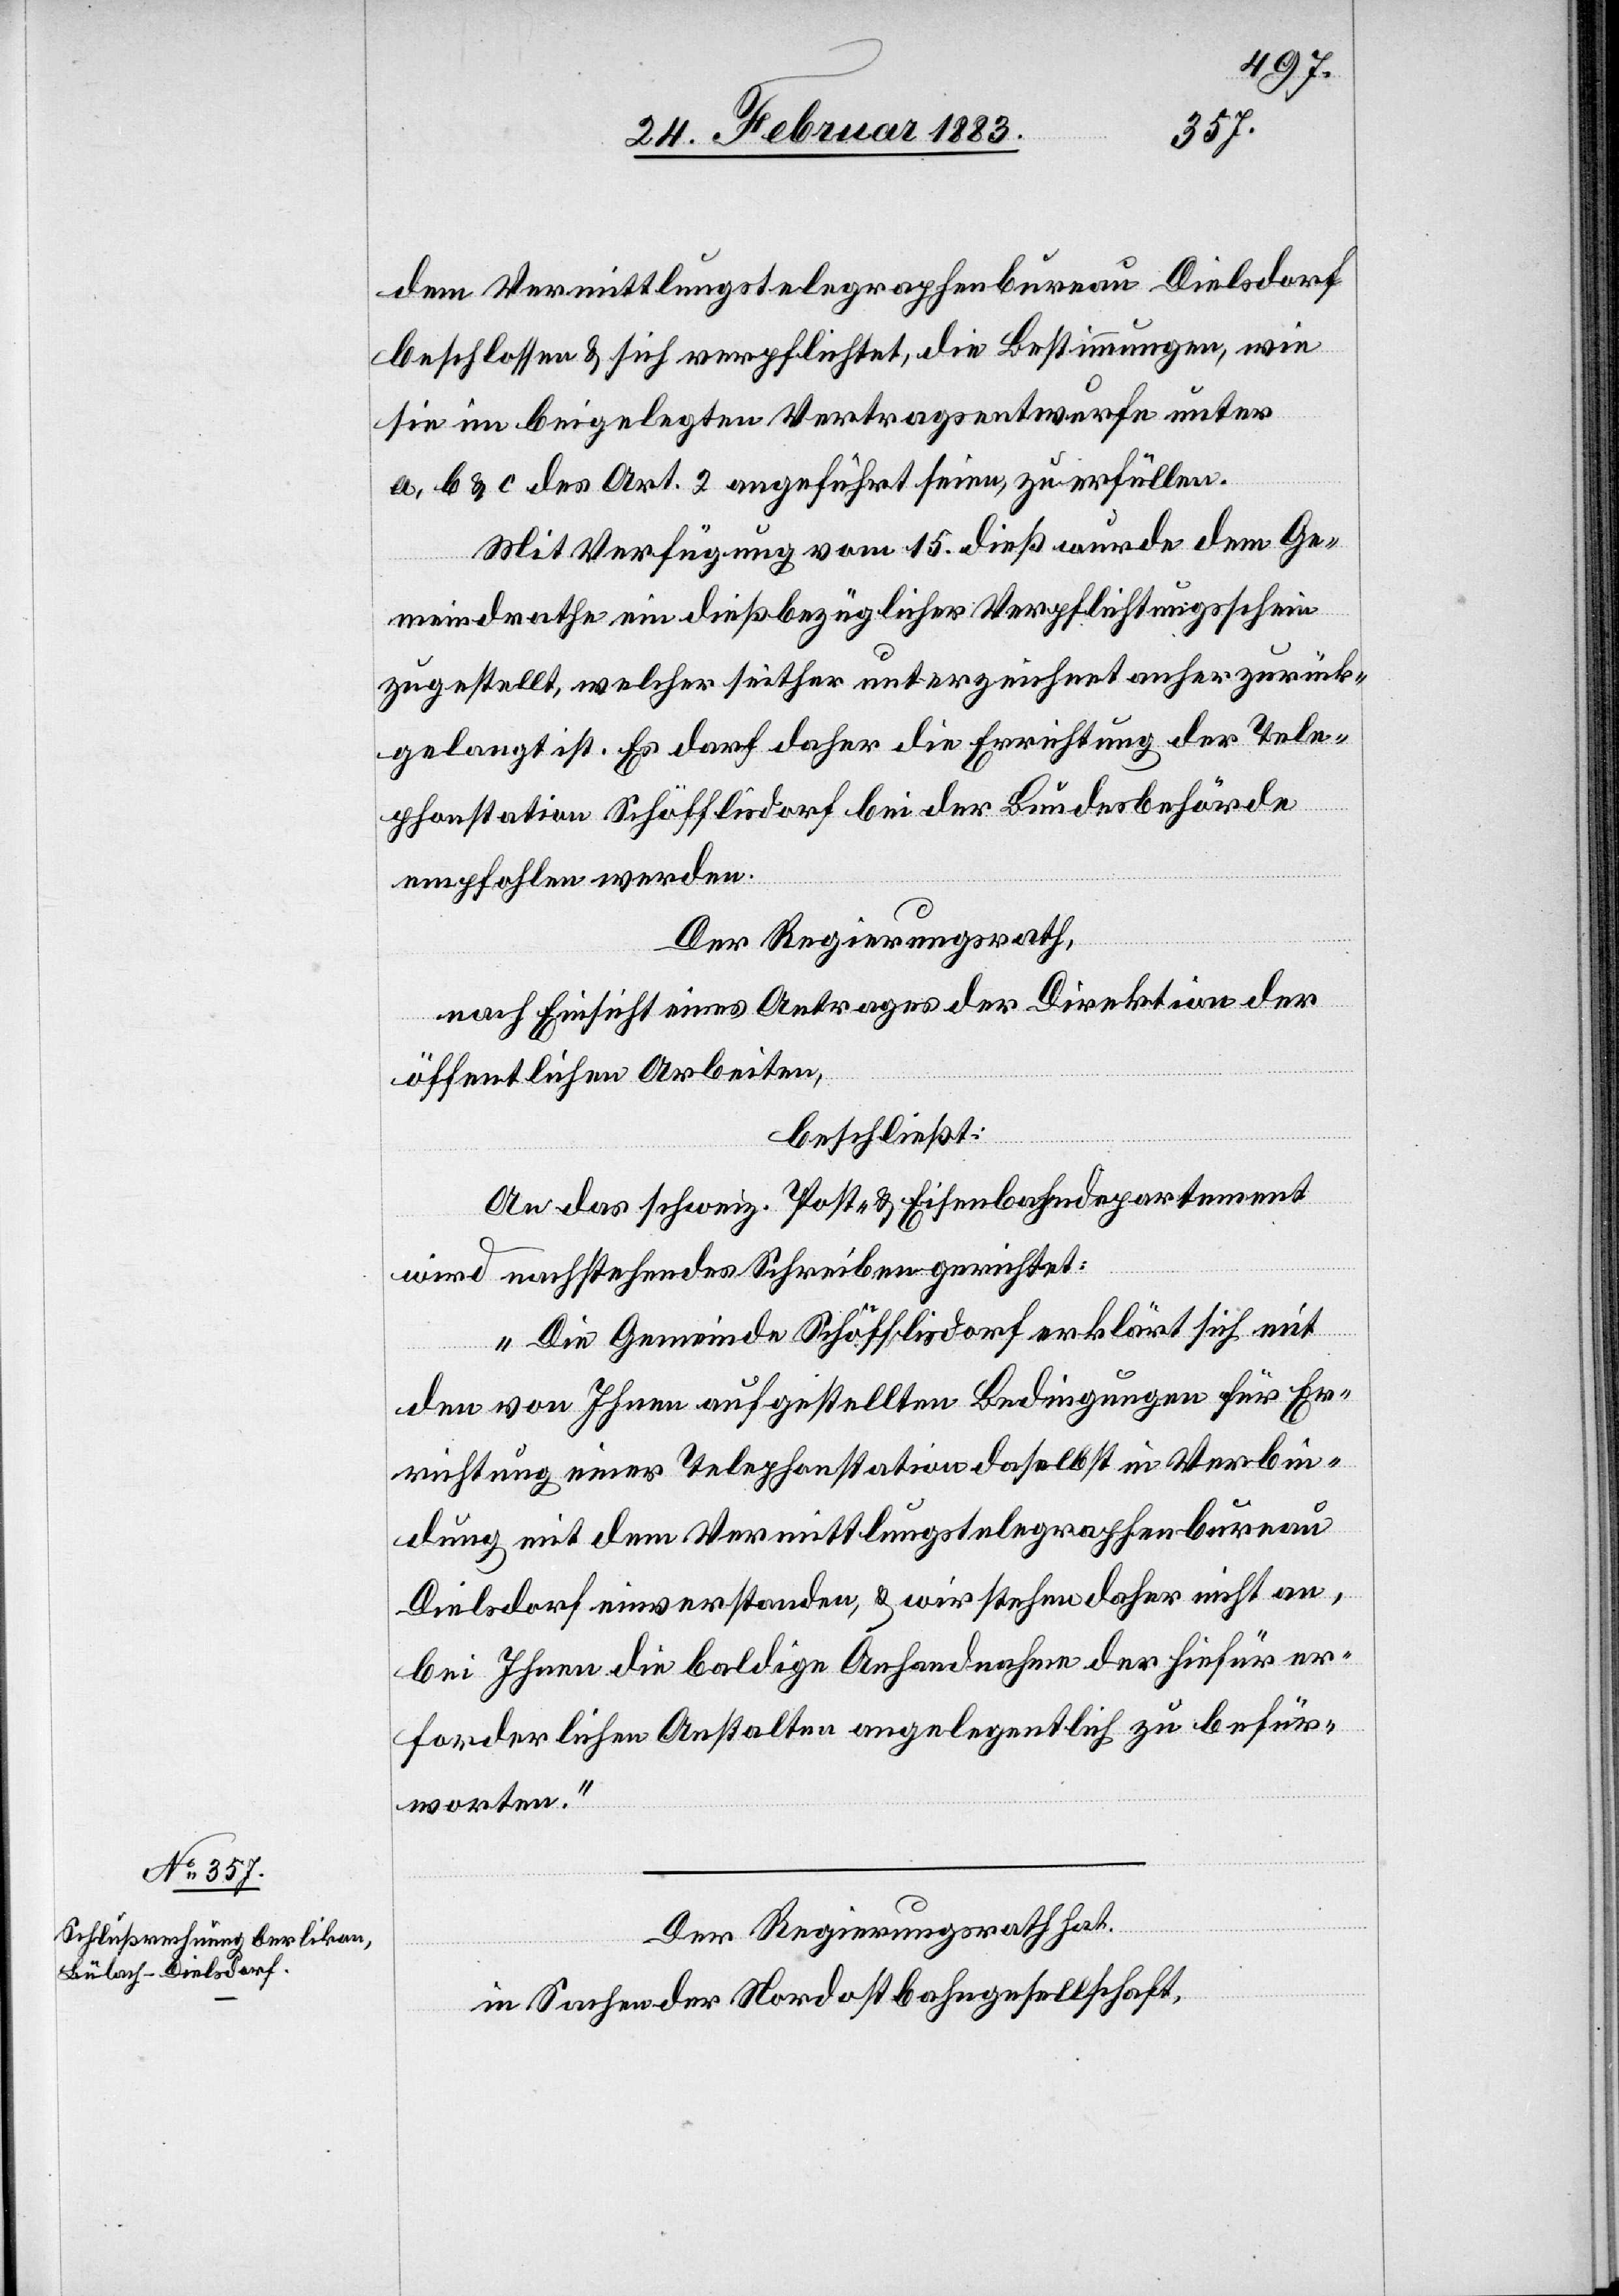
dem Vermittlungstelegraphenbureau Dielsdorf
beschlossen & sich verpflichtet, die Bestimmungen, wie
sie im beigelegten Vertragsentwurfe unter
a, b & c des Art. 2 angeführt seien, zu erfüllen.
Mit Verfügung vom 15. dieß wurde dem Ge¬
meindrathe ein dießbezüglicher Verpflichtungsschein
zugestellt, welcher seither unterzeichnet anher zurück¬
gelangt ist. Es darf daher die Errichtung der Tele¬
phonstation Schöfflisdorf bei der Bundesbehörde
empfohlen werden.
Der Regierungsrath,
nach Einsicht eines Antrages der Direktion der
öffentlichen Arbeiten,
beschließt:
An das schweiz. Post- & Eisenbahndepartement
wird nachstehendes Schreiben gerichtet:
„Die Gemeinde Schöfflisdorf erklärt sich mit
den von Ihnen aufgestellten Bedingungen für Er¬
richtung einer Telephonstation daselbst in Verbin¬
dung mit dem Vermittlungstelegraphenbureau
Dielsdorf einverstanden, & wir stehen daher nicht an,
bei Ihnen die baldige Anhandnahme der hiefür er¬
forderlichen Anstalten angelegentlich zu befür¬
worten.“
Der Regierungsrath hat,
in Sachen der Nordostbahngesellschaft,